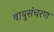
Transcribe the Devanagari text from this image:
वायुसंचरण